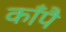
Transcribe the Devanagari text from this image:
काँपै